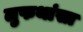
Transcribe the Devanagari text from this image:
लुफथांसा